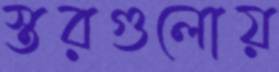
স্তরগুলোয়